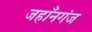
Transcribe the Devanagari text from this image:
जहाँनगंज